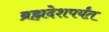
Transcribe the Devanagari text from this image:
ब्रह्मदेशपर्यंत